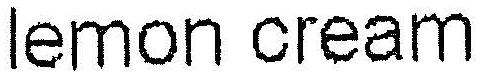
LEMON CREAM